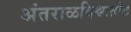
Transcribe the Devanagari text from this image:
अंतराळविश्वातील